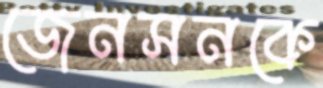
জেনসনকে